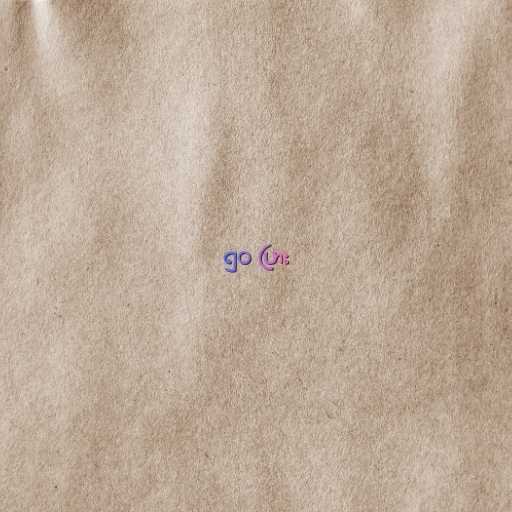
၅၀ ပြား